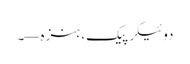
دوئیکر پیک، ہنزہ—۔